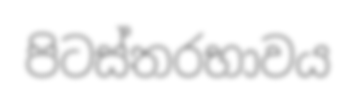
පිටස්තරභාවය